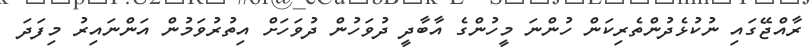
ރާއްޖޭގައި ނުކުޅެދުންތެރިކަން ހުންނަ މީހުންގެ އާބާދީ ދުވަހުން ދުވަހަށް އިތުރުވަމުން އަންނައިރު މިފަަދަ